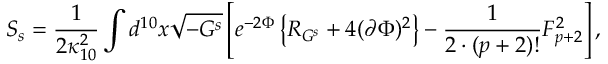
S _ { s } = { \frac { 1 } { 2 \kappa _ { 1 0 } ^ { 2 } } } \int d ^ { 1 0 } x \sqrt { - G ^ { s } } \left[ e ^ { - 2 \Phi } \left\{ { \cal R } _ { G ^ { s } } + 4 ( \partial \Phi ) ^ { 2 } \right\} - { \frac { 1 } { 2 \cdot ( p + 2 ) ! } } F _ { p + 2 } ^ { 2 } \right] ,